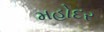
મહોદર